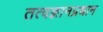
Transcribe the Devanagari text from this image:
तत्वज्ञानप्रधान